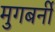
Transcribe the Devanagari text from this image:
मुगबर्नी